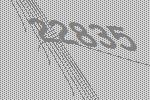
22835